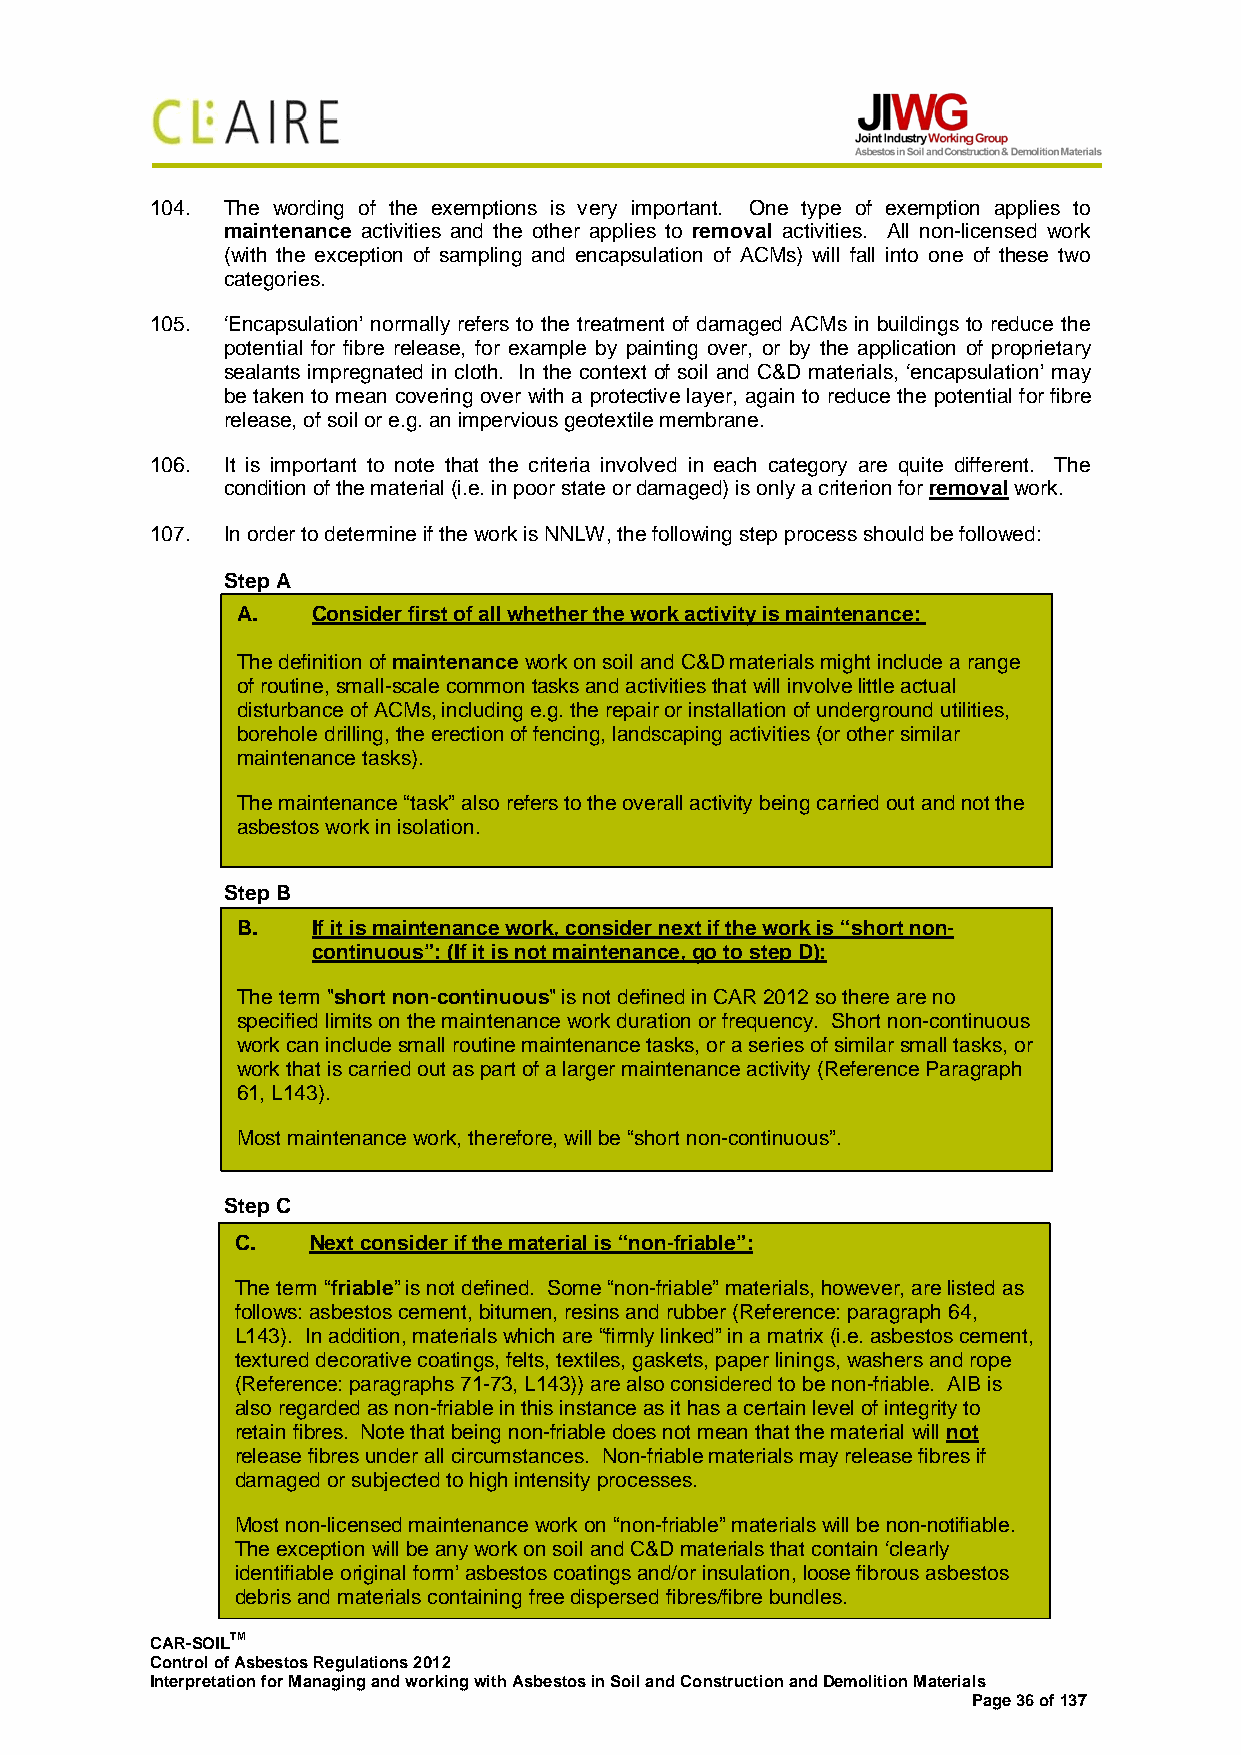
104. The wording of the exemptions is very important. One type of exemption applies to
 maintenance activities and the other applies to removal activities. All non-licensed work
 (with the exception of sampling and encapsulation of ACMs) will fall into one of these two
 categories.
 105. ‘Encapsulation’ normally refers to the treatment of damaged ACMs in buildings to reduce the
 potential for fibre release, for example by painting over, or by the application of proprietary
 sealants impregnated in cloth. In the context of soil and C&D materials, ‘encapsulation’ may
 be taken to mean covering over with a protective layer, again to reduce the potential for fibre
 release, of soil or e.g. an impervious geotextile membrane.
 106. It is important to note that the criteria involved in each category are quite different. The
 condition of the material (i.e. in poor state or damaged) is only a criterion for removal work.
 107. In order to determine if the work is NNLW, the following step process should be followed:
 Step A
 A.   Consider first of all whether the work activity is maintenance:
 The definition of maintenance work on soil and C&D materials might include a range
 of routine, small-scale common tasks and activities that will involve little actual
 disturbance of ACMs, including e.g. the repair or installation of underground utilities,
 borehole drilling, the erection of fencing, landscaping activities (or other similar
 maintenance tasks).
 The maintenance “task” also refers to the overall activity being carried out and not the
 asbestos work in isolation.
 Step B
 B.   If it is maintenance work, consider next if the work is “short non-
 continuous”: (If it is not maintenance, go to step D):
 The term "short non-continuous" is not defined in CAR 2012 so there are no
 specified limits on the maintenance work duration or frequency. Short non-continuous
 work can include small routine maintenance tasks, or a series of similar small tasks, or
 work that is carried out as part of a larger maintenance activity (Reference Paragraph
 61, L143).
 Most maintenance work, therefore, will be “short non-continuous”.
 Step C
 C.  Next consider if the material is “non-friable”:
 The term “friable” is not defined. Some “non-friable” materials, however, are listed as
 follows: asbestos cement, bitumen, resins and rubber (Reference: paragraph 64,
 L143). In addition, materials which are “firmly linked” in a matrix (i.e. asbestos cement,
 textured decorative coatings, felts, textiles, gaskets, paper linings, washers and rope
 (Reference: paragraphs 71-73, L143)) are also considered to be non-friable. AIB is
 also regarded as non-friable in this instance as it has a certain level of integrity to
 retain fibres. Note that being non-friable does not mean that the material will not
 release fibres under all circumstances. Non-friable materials may release fibres if
 damaged or subjected to high intensity processes.
 Most non-licensed maintenance work on “non-friable” materials will be non-notifiable.
 The exception will be any work on soil and C&D materials that contain ‘clearly
 identifiable original form’ asbestos coatings and/or insulation, loose fibrous asbestos
 debris and materials containing free dispersed fibres/fibre bundles.
 CAR-SOILTM
 Control of Asbestos Regulations 2012
 Interpretation for Managing and working with Asbestos in Soil and Construction and Demolition Materials
 Page 36 of 137